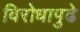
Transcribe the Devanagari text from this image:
विरोधापुढे